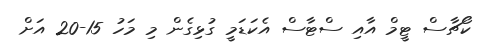
ކޯޗާސް ޓީމް އާއި ސްޓާސް އެކަޑަމީ ގުޅިގެން މި މަހު 15-20 އަށް